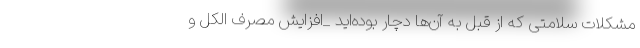
مشکلات سلامتی که از قبل به آن‌ها دچار بوده‌اید _افزایش مصرف الکل و